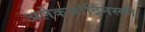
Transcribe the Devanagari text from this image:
अलेकजांद्रिनस्की